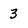
Character: 3